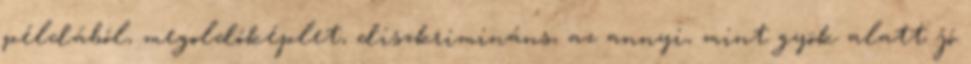
példából, megoldóképlet, diszkrimináns, az annyi, mint gyök alatt jó